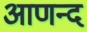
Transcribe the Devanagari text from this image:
आणन्द